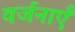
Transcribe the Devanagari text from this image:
वर्जनाएँ